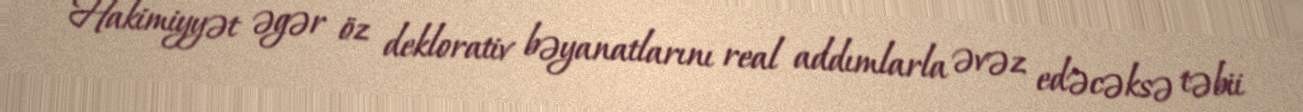
Hakimiyyət əgər öz deklorativ bəyanatlarını real addımlarla əvəz edəcəksə təbii